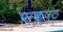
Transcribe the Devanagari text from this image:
प्राकृष्ठ